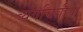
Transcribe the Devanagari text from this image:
व्यंगचित्रीय